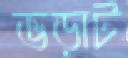
ভড়াট